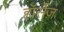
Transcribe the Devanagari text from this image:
हॉर्सेज़